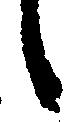
候